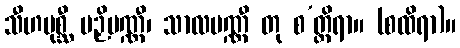
သီဟပုစ္ဆီ ပဉှိပဏ္ဏီ၊ သာလပဏ္ဏီ တု စ’တ္ထိရာ။ (စထိရာ)။